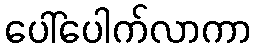
ပေါ်ပေါက်လာကာ